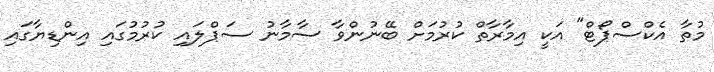
މުތާ އެކްސްޕޯޓް" އަކީ އިމާރާތް ކުރުމަށް ބޭނުންވާ ސާމާނު ސަޕްލައި ކުރުމުގައި އިންޑިޔާގައި